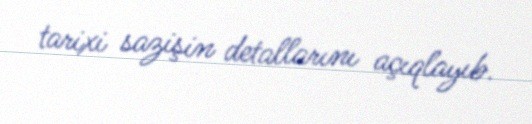
tarixi sazişin detallarını açıqlayıb.